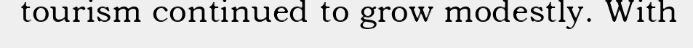
tourism continued to grow modestly. With